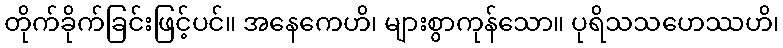
တိုက်ခိုက်ခြင်းဖြင့်ပင်။ အနေကေဟိ၊ များစွာကုန်သော။ ပုရိသသဟေဿဟိ၊